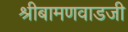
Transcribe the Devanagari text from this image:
श्रीबामणवाडजी